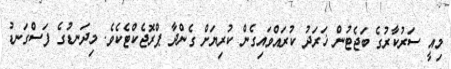
މިއީ ސަރުކާރުގެ ބަޖެޓުން ޚަރަދު ކުރައްވައިގެން ކުރިޔަށް ގެންދާ ޕްރޮޖެކްޓެކެވެ. މިދަނޑުގެ ފަސްގަނޑު